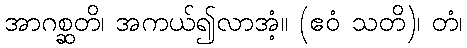
အာဂစ္ဆတိ၊ အကယ်၍လာအံ့။ (ဧဝံ သတိ)၊ တံ၊